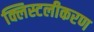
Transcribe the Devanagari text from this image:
क्लिस्टलीकरण